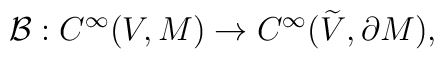
{\cal B}: C^{\infty}(V,M) \rightarrow C^{\infty}({\widetilde V},{\partial M}),